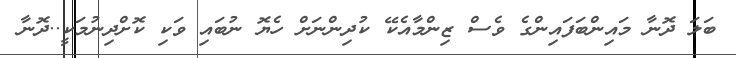
ބަލަ ދޮނާ މައިންބަފައިންގެ ވެސް ޒިންމާއެކޭ ކުދިންނަށް ހެޔޮ ނުބައި ވަކި ކޮށްދިނުމަކީ..ދޮނާ